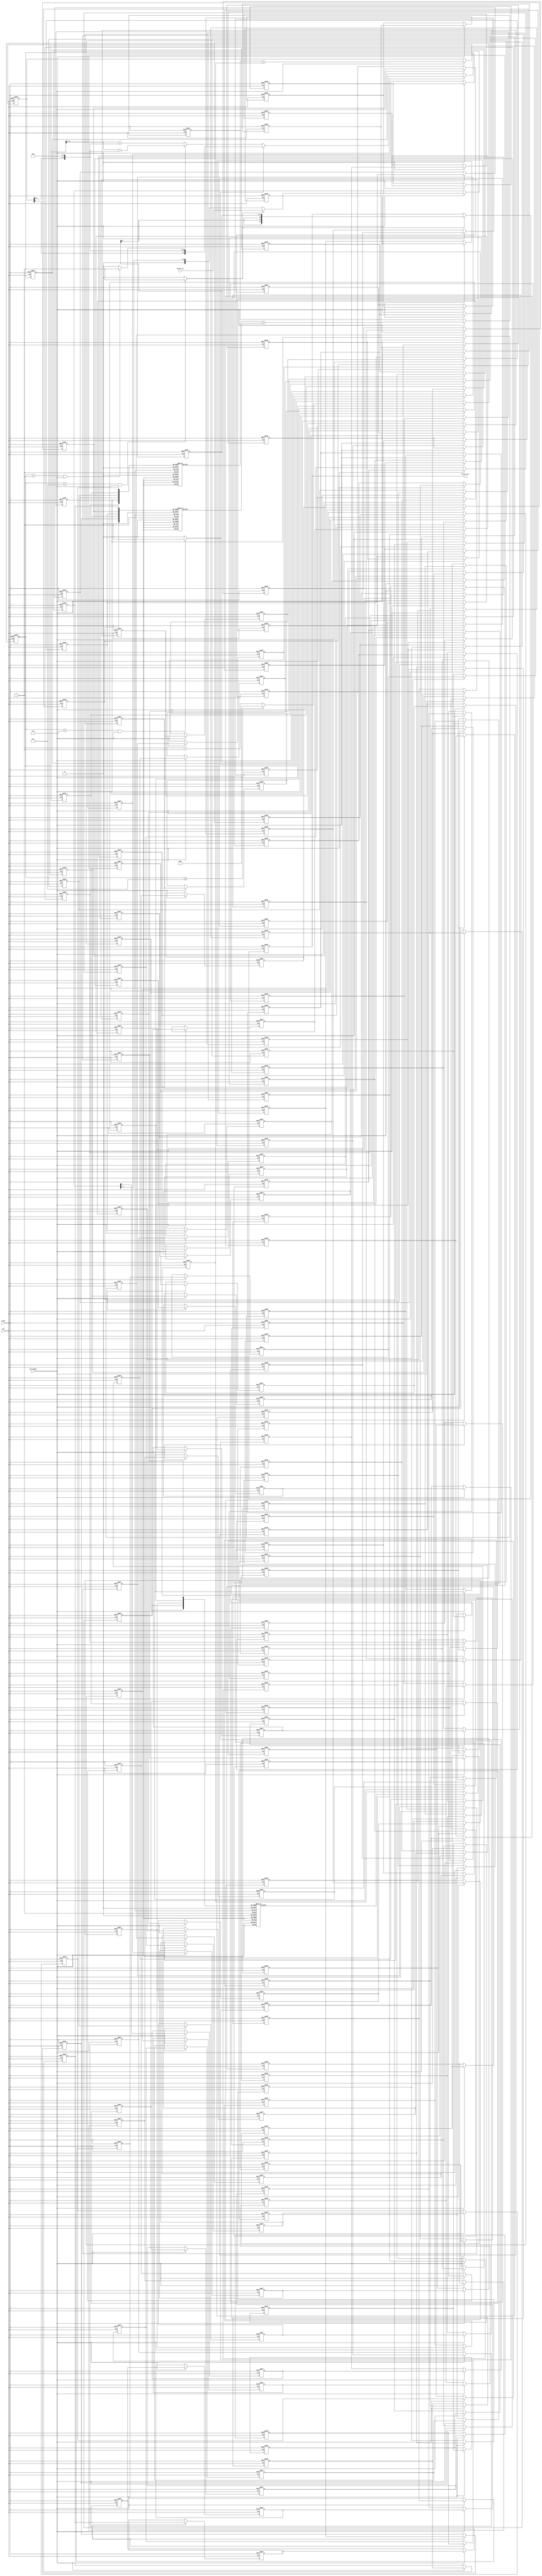
// -------------------------------------------------------------
//
// Module: fir_20_8b_da
// Generated by MATLAB(R) 9.12 and Filter Design HDL Coder 3.1.11.
// Generated on: 2023-06-22 00:02:42
// -------------------------------------------------------------

// -------------------------------------------------------------
// HDL Code Generation Options:
//
// FIRAdderStyle: tree
// MultiplierInputPipeline: 1
// MultiplierOutputPipeline: 1
// OptimizeForHDL: on
// TargetDirectory: W:\Nikos\UTh\ \Project\FIR_20_Order\distributed_arithmetic\8b_fixed_point
// AddPipelineRegisters: on
// Name: fir_20_8b_da
// DALUTPartition: [6  6  5]
// InputDataType: numerictype(1,8,0)
// TargetLanguage: Verilog
// TestBenchName: fir_20_8b_da_tb
// TestBenchStimulus: impulse step ramp chirp noise 

// Filter Specifications:
//
// Sample Rate     : 46 kHz
// Response        : Lowpass
// Specification   : N,Fp,Fst,Ap
// Stopband Edge   : 9.6 kHz
// Filter Order    : 20
// Passband Edge   : 8 kHz
// Passband Ripple : 60 dB
// -------------------------------------------------------------

// -------------------------------------------------------------
// HDL Implementation    : Distributed arithmetic (DA)
// Folding Factor        : 8
// LUT Address Width     : 6
// Total LUT Size (bits) : 1376
// -------------------------------------------------------------
// Filter Settings:
//
// Discrete-Time FIR Filter (real)
// -------------------------------
// Filter Structure  : Direct-Form FIR
// Filter Length     : 21
// Stable            : Yes
// Linear Phase      : Yes (Type 1)
// Arithmetic        : fixed
// Numerator         : s8,8 -> [-5.000000e-01 5.000000e-01)
// -------------------------------------------------------------




`timescale 1 ns / 1 ns

module fir_20_8b_da
               (
                clk,
                clk_enable,
                reset,
                filter_in,
                filter_out
                );

  input   clk; 
  input   clk_enable; 
  input   reset; 
  input   signed [7:0] filter_in; //sfix8
  output  signed [20:0] filter_out; //sfix21_En8

////////////////////////////////////////////////////////////////
//Module Architecture: fir_20_8b_da
////////////////////////////////////////////////////////////////
  // Local Functions
  // Type Definitions
  // Constants
  parameter signed [7:0] coeff1 = 8'b00000000; //sfix8_En8
  parameter signed [7:0] coeff2 = 8'b00000000; //sfix8_En8
  parameter signed [7:0] coeff3 = 8'b00000001; //sfix8_En8
  parameter signed [7:0] coeff4 = 8'b00000011; //sfix8_En8
  parameter signed [7:0] coeff5 = 8'b00001000; //sfix8_En8
  parameter signed [7:0] coeff6 = 8'b00010000; //sfix8_En8
  parameter signed [7:0] coeff7 = 8'b00011100; //sfix8_En8
  parameter signed [7:0] coeff8 = 8'b00101010; //sfix8_En8
  parameter signed [7:0] coeff9 = 8'b00111000; //sfix8_En8
  parameter signed [7:0] coeff10 = 8'b01000010; //sfix8_En8
  parameter signed [7:0] coeff11 = 8'b01000110; //sfix8_En8
  parameter signed [7:0] coeff12 = 8'b01000010; //sfix8_En8
  parameter signed [7:0] coeff13 = 8'b00111000; //sfix8_En8
  parameter signed [7:0] coeff14 = 8'b00101010; //sfix8_En8
  parameter signed [7:0] coeff15 = 8'b00011100; //sfix8_En8
  parameter signed [7:0] coeff16 = 8'b00010000; //sfix8_En8
  parameter signed [7:0] coeff17 = 8'b00001000; //sfix8_En8
  parameter signed [7:0] coeff18 = 8'b00000011; //sfix8_En8
  parameter signed [7:0] coeff19 = 8'b00000001; //sfix8_En8
  parameter signed [7:0] coeff20 = 8'b00000000; //sfix8_En8
  parameter signed [7:0] coeff21 = 8'b00000000; //sfix8_En8

  // Signals
  wire signed [7:0] filter_in_cast; // sfix8
  reg  [2:0] cur_count; // ufix3
  wire phase_7; // boolean
  wire phase_1; // boolean
  wire phase_2; // boolean
  wire serialoutb1; // ufix1
  reg  signed [7:0] shiftreg; // sfix8
  reg  delay_pipeline [0:143] ; // boolean
  wire [5:0] mem_addr_1; // ufix6
  reg  signed [7:0] memoutb1_1; // sfix8_En8
  wire [5:0] mem_addr_2; // ufix6
  reg  signed [9:0] memoutb1_2; // sfix10_En8
  wire [4:0] mem_addr_3; // ufix5
  reg  signed [6:0] memoutb1_3; // sfix7_En8
  wire signed [9:0] memoutb1; // sfix10_En8
  wire signed [10:0] sum1_1; // sfix11_En8
  wire signed [9:0] add_signext; // sfix10_En8
  wire signed [9:0] add_signext_1; // sfix10_En8
  reg  signed [10:0] sumpipe1_1; // sfix11_En8
  reg  signed [6:0] sumpipe1_2; // sfix7_En8
  wire signed [11:0] sum2_1; // sfix12_En8
  wire signed [10:0] add_signext_2; // sfix11_En8
  wire signed [10:0] add_signext_3; // sfix11_En8
  reg  signed [11:0] sumpipe2_1; // sfix12_En8
  reg  signed [17:0] acc_out; // sfix18_En15
  wire signed [17:0] memoutb1_cast; // sfix18_En15
  wire signed [17:0] add_sub_out; // sfix18_En15
  wire signed [17:0] acc_out_shft; // sfix18_En15
  wire signed [17:0] acc_in; // sfix18_En15
  wire signed [17:0] addsub_add; // sfix18_En15
  wire signed [17:0] addsub_sub; // sfix18_En15
  wire signed [17:0] add_signext_4; // sfix18_En15
  wire signed [17:0] add_signext_5; // sfix18_En15
  wire signed [18:0] add_temp; // sfix19_En15
  wire signed [17:0] sub_signext; // sfix18_En15
  wire signed [17:0] sub_signext_1; // sfix18_En15
  wire signed [18:0] sub_temp; // sfix19_En15
  reg  signed [17:0] final_acc_out; // sfix18_En15
  wire signed [17:0] output_da; // sfix18_En8
  wire signed [20:0] output_typeconvert; // sfix21_En8
  reg  signed [20:0] output_register; // sfix21_En8

  // Block Statements
  assign filter_in_cast = filter_in;

  always @ (posedge clk or posedge reset)
    begin: Counter_process
      if (reset == 1'b1) begin
        cur_count <= 3'b111;
      end
      else begin
        if (clk_enable == 1'b1) begin
          if (cur_count >= 3'b111) begin
            cur_count <= 3'b000;
          end
          else begin
            cur_count <= cur_count + 3'b001;
          end
        end
      end
    end // Counter_process

  assign  phase_7 = (cur_count == 3'b111 && clk_enable == 1'b1) ? 1'b1 : 1'b0;

  assign  phase_1 = (cur_count == 3'b001 && clk_enable == 1'b1) ? 1'b1 : 1'b0;

  assign  phase_2 = (cur_count == 3'b010 && clk_enable == 1'b1) ? 1'b1 : 1'b0;

  always @ (posedge clk or posedge reset)
    begin: Serializer_1_process
      if (reset == 1'b1) begin
        shiftreg <= 8'b00000000;
      end
      else begin
        if (clk_enable == 1'b1) begin
          if (phase_7 == 1'b1) begin
            shiftreg <= filter_in_cast;
          end
          else begin
            shiftreg <= {1'b0, shiftreg[7 : 1]};
          end
        end
      end 
    end // Serializer_1_process;

  assign   serialoutb1=shiftreg[0];
 
  always @( posedge clk or posedge reset)
    begin: Delay_Pipeline_1_process
      if (reset == 1'b1) begin
        delay_pipeline[0] <= 1'b0;
        delay_pipeline[1] <= 1'b0;
        delay_pipeline[2] <= 1'b0;
        delay_pipeline[3] <= 1'b0;
        delay_pipeline[4] <= 1'b0;
        delay_pipeline[5] <= 1'b0;
        delay_pipeline[6] <= 1'b0;
        delay_pipeline[7] <= 1'b0;
        delay_pipeline[8] <= 1'b0;
        delay_pipeline[9] <= 1'b0;
        delay_pipeline[10] <= 1'b0;
        delay_pipeline[11] <= 1'b0;
        delay_pipeline[12] <= 1'b0;
        delay_pipeline[13] <= 1'b0;
        delay_pipeline[14] <= 1'b0;
        delay_pipeline[15] <= 1'b0;
        delay_pipeline[16] <= 1'b0;
        delay_pipeline[17] <= 1'b0;
        delay_pipeline[18] <= 1'b0;
        delay_pipeline[19] <= 1'b0;
        delay_pipeline[20] <= 1'b0;
        delay_pipeline[21] <= 1'b0;
        delay_pipeline[22] <= 1'b0;
        delay_pipeline[23] <= 1'b0;
        delay_pipeline[24] <= 1'b0;
        delay_pipeline[25] <= 1'b0;
        delay_pipeline[26] <= 1'b0;
        delay_pipeline[27] <= 1'b0;
        delay_pipeline[28] <= 1'b0;
        delay_pipeline[29] <= 1'b0;
        delay_pipeline[30] <= 1'b0;
        delay_pipeline[31] <= 1'b0;
        delay_pipeline[32] <= 1'b0;
        delay_pipeline[33] <= 1'b0;
        delay_pipeline[34] <= 1'b0;
        delay_pipeline[35] <= 1'b0;
        delay_pipeline[36] <= 1'b0;
        delay_pipeline[37] <= 1'b0;
        delay_pipeline[38] <= 1'b0;
        delay_pipeline[39] <= 1'b0;
        delay_pipeline[40] <= 1'b0;
        delay_pipeline[41] <= 1'b0;
        delay_pipeline[42] <= 1'b0;
        delay_pipeline[43] <= 1'b0;
        delay_pipeline[44] <= 1'b0;
        delay_pipeline[45] <= 1'b0;
        delay_pipeline[46] <= 1'b0;
        delay_pipeline[47] <= 1'b0;
        delay_pipeline[48] <= 1'b0;
        delay_pipeline[49] <= 1'b0;
        delay_pipeline[50] <= 1'b0;
        delay_pipeline[51] <= 1'b0;
        delay_pipeline[52] <= 1'b0;
        delay_pipeline[53] <= 1'b0;
        delay_pipeline[54] <= 1'b0;
        delay_pipeline[55] <= 1'b0;
        delay_pipeline[56] <= 1'b0;
        delay_pipeline[57] <= 1'b0;
        delay_pipeline[58] <= 1'b0;
        delay_pipeline[59] <= 1'b0;
        delay_pipeline[60] <= 1'b0;
        delay_pipeline[61] <= 1'b0;
        delay_pipeline[62] <= 1'b0;
        delay_pipeline[63] <= 1'b0;
        delay_pipeline[64] <= 1'b0;
        delay_pipeline[65] <= 1'b0;
        delay_pipeline[66] <= 1'b0;
        delay_pipeline[67] <= 1'b0;
        delay_pipeline[68] <= 1'b0;
        delay_pipeline[69] <= 1'b0;
        delay_pipeline[70] <= 1'b0;
        delay_pipeline[71] <= 1'b0;
        delay_pipeline[72] <= 1'b0;
        delay_pipeline[73] <= 1'b0;
        delay_pipeline[74] <= 1'b0;
        delay_pipeline[75] <= 1'b0;
        delay_pipeline[76] <= 1'b0;
        delay_pipeline[77] <= 1'b0;
        delay_pipeline[78] <= 1'b0;
        delay_pipeline[79] <= 1'b0;
        delay_pipeline[80] <= 1'b0;
        delay_pipeline[81] <= 1'b0;
        delay_pipeline[82] <= 1'b0;
        delay_pipeline[83] <= 1'b0;
        delay_pipeline[84] <= 1'b0;
        delay_pipeline[85] <= 1'b0;
        delay_pipeline[86] <= 1'b0;
        delay_pipeline[87] <= 1'b0;
        delay_pipeline[88] <= 1'b0;
        delay_pipeline[89] <= 1'b0;
        delay_pipeline[90] <= 1'b0;
        delay_pipeline[91] <= 1'b0;
        delay_pipeline[92] <= 1'b0;
        delay_pipeline[93] <= 1'b0;
        delay_pipeline[94] <= 1'b0;
        delay_pipeline[95] <= 1'b0;
        delay_pipeline[96] <= 1'b0;
        delay_pipeline[97] <= 1'b0;
        delay_pipeline[98] <= 1'b0;
        delay_pipeline[99] <= 1'b0;
        delay_pipeline[100] <= 1'b0;
        delay_pipeline[101] <= 1'b0;
        delay_pipeline[102] <= 1'b0;
        delay_pipeline[103] <= 1'b0;
        delay_pipeline[104] <= 1'b0;
        delay_pipeline[105] <= 1'b0;
        delay_pipeline[106] <= 1'b0;
        delay_pipeline[107] <= 1'b0;
        delay_pipeline[108] <= 1'b0;
        delay_pipeline[109] <= 1'b0;
        delay_pipeline[110] <= 1'b0;
        delay_pipeline[111] <= 1'b0;
        delay_pipeline[112] <= 1'b0;
        delay_pipeline[113] <= 1'b0;
        delay_pipeline[114] <= 1'b0;
        delay_pipeline[115] <= 1'b0;
        delay_pipeline[116] <= 1'b0;
        delay_pipeline[117] <= 1'b0;
        delay_pipeline[118] <= 1'b0;
        delay_pipeline[119] <= 1'b0;
        delay_pipeline[120] <= 1'b0;
        delay_pipeline[121] <= 1'b0;
        delay_pipeline[122] <= 1'b0;
        delay_pipeline[123] <= 1'b0;
        delay_pipeline[124] <= 1'b0;
        delay_pipeline[125] <= 1'b0;
        delay_pipeline[126] <= 1'b0;
        delay_pipeline[127] <= 1'b0;
        delay_pipeline[128] <= 1'b0;
        delay_pipeline[129] <= 1'b0;
        delay_pipeline[130] <= 1'b0;
        delay_pipeline[131] <= 1'b0;
        delay_pipeline[132] <= 1'b0;
        delay_pipeline[133] <= 1'b0;
        delay_pipeline[134] <= 1'b0;
        delay_pipeline[135] <= 1'b0;
        delay_pipeline[136] <= 1'b0;
        delay_pipeline[137] <= 1'b0;
        delay_pipeline[138] <= 1'b0;
        delay_pipeline[139] <= 1'b0;
        delay_pipeline[140] <= 1'b0;
        delay_pipeline[141] <= 1'b0;
        delay_pipeline[142] <= 1'b0;
        delay_pipeline[143] <= 1'b0;
      end
      else begin
        if (clk_enable == 1'b1) begin
          delay_pipeline[0] <= serialoutb1;
          delay_pipeline[1] <= delay_pipeline[0];
          delay_pipeline[2] <= delay_pipeline[1];
          delay_pipeline[3] <= delay_pipeline[2];
          delay_pipeline[4] <= delay_pipeline[3];
          delay_pipeline[5] <= delay_pipeline[4];
          delay_pipeline[6] <= delay_pipeline[5];
          delay_pipeline[7] <= delay_pipeline[6];
          delay_pipeline[8] <= delay_pipeline[7];
          delay_pipeline[9] <= delay_pipeline[8];
          delay_pipeline[10] <= delay_pipeline[9];
          delay_pipeline[11] <= delay_pipeline[10];
          delay_pipeline[12] <= delay_pipeline[11];
          delay_pipeline[13] <= delay_pipeline[12];
          delay_pipeline[14] <= delay_pipeline[13];
          delay_pipeline[15] <= delay_pipeline[14];
          delay_pipeline[16] <= delay_pipeline[15];
          delay_pipeline[17] <= delay_pipeline[16];
          delay_pipeline[18] <= delay_pipeline[17];
          delay_pipeline[19] <= delay_pipeline[18];
          delay_pipeline[20] <= delay_pipeline[19];
          delay_pipeline[21] <= delay_pipeline[20];
          delay_pipeline[22] <= delay_pipeline[21];
          delay_pipeline[23] <= delay_pipeline[22];
          delay_pipeline[24] <= delay_pipeline[23];
          delay_pipeline[25] <= delay_pipeline[24];
          delay_pipeline[26] <= delay_pipeline[25];
          delay_pipeline[27] <= delay_pipeline[26];
          delay_pipeline[28] <= delay_pipeline[27];
          delay_pipeline[29] <= delay_pipeline[28];
          delay_pipeline[30] <= delay_pipeline[29];
          delay_pipeline[31] <= delay_pipeline[30];
          delay_pipeline[32] <= delay_pipeline[31];
          delay_pipeline[33] <= delay_pipeline[32];
          delay_pipeline[34] <= delay_pipeline[33];
          delay_pipeline[35] <= delay_pipeline[34];
          delay_pipeline[36] <= delay_pipeline[35];
          delay_pipeline[37] <= delay_pipeline[36];
          delay_pipeline[38] <= delay_pipeline[37];
          delay_pipeline[39] <= delay_pipeline[38];
          delay_pipeline[40] <= delay_pipeline[39];
          delay_pipeline[41] <= delay_pipeline[40];
          delay_pipeline[42] <= delay_pipeline[41];
          delay_pipeline[43] <= delay_pipeline[42];
          delay_pipeline[44] <= delay_pipeline[43];
          delay_pipeline[45] <= delay_pipeline[44];
          delay_pipeline[46] <= delay_pipeline[45];
          delay_pipeline[47] <= delay_pipeline[46];
          delay_pipeline[48] <= delay_pipeline[47];
          delay_pipeline[49] <= delay_pipeline[48];
          delay_pipeline[50] <= delay_pipeline[49];
          delay_pipeline[51] <= delay_pipeline[50];
          delay_pipeline[52] <= delay_pipeline[51];
          delay_pipeline[53] <= delay_pipeline[52];
          delay_pipeline[54] <= delay_pipeline[53];
          delay_pipeline[55] <= delay_pipeline[54];
          delay_pipeline[56] <= delay_pipeline[55];
          delay_pipeline[57] <= delay_pipeline[56];
          delay_pipeline[58] <= delay_pipeline[57];
          delay_pipeline[59] <= delay_pipeline[58];
          delay_pipeline[60] <= delay_pipeline[59];
          delay_pipeline[61] <= delay_pipeline[60];
          delay_pipeline[62] <= delay_pipeline[61];
          delay_pipeline[63] <= delay_pipeline[62];
          delay_pipeline[64] <= delay_pipeline[63];
          delay_pipeline[65] <= delay_pipeline[64];
          delay_pipeline[66] <= delay_pipeline[65];
          delay_pipeline[67] <= delay_pipeline[66];
          delay_pipeline[68] <= delay_pipeline[67];
          delay_pipeline[69] <= delay_pipeline[68];
          delay_pipeline[70] <= delay_pipeline[69];
          delay_pipeline[71] <= delay_pipeline[70];
          delay_pipeline[72] <= delay_pipeline[71];
          delay_pipeline[73] <= delay_pipeline[72];
          delay_pipeline[74] <= delay_pipeline[73];
          delay_pipeline[75] <= delay_pipeline[74];
          delay_pipeline[76] <= delay_pipeline[75];
          delay_pipeline[77] <= delay_pipeline[76];
          delay_pipeline[78] <= delay_pipeline[77];
          delay_pipeline[79] <= delay_pipeline[78];
          delay_pipeline[80] <= delay_pipeline[79];
          delay_pipeline[81] <= delay_pipeline[80];
          delay_pipeline[82] <= delay_pipeline[81];
          delay_pipeline[83] <= delay_pipeline[82];
          delay_pipeline[84] <= delay_pipeline[83];
          delay_pipeline[85] <= delay_pipeline[84];
          delay_pipeline[86] <= delay_pipeline[85];
          delay_pipeline[87] <= delay_pipeline[86];
          delay_pipeline[88] <= delay_pipeline[87];
          delay_pipeline[89] <= delay_pipeline[88];
          delay_pipeline[90] <= delay_pipeline[89];
          delay_pipeline[91] <= delay_pipeline[90];
          delay_pipeline[92] <= delay_pipeline[91];
          delay_pipeline[93] <= delay_pipeline[92];
          delay_pipeline[94] <= delay_pipeline[93];
          delay_pipeline[95] <= delay_pipeline[94];
          delay_pipeline[96] <= delay_pipeline[95];
          delay_pipeline[97] <= delay_pipeline[96];
          delay_pipeline[98] <= delay_pipeline[97];
          delay_pipeline[99] <= delay_pipeline[98];
          delay_pipeline[100] <= delay_pipeline[99];
          delay_pipeline[101] <= delay_pipeline[100];
          delay_pipeline[102] <= delay_pipeline[101];
          delay_pipeline[103] <= delay_pipeline[102];
          delay_pipeline[104] <= delay_pipeline[103];
          delay_pipeline[105] <= delay_pipeline[104];
          delay_pipeline[106] <= delay_pipeline[105];
          delay_pipeline[107] <= delay_pipeline[106];
          delay_pipeline[108] <= delay_pipeline[107];
          delay_pipeline[109] <= delay_pipeline[108];
          delay_pipeline[110] <= delay_pipeline[109];
          delay_pipeline[111] <= delay_pipeline[110];
          delay_pipeline[112] <= delay_pipeline[111];
          delay_pipeline[113] <= delay_pipeline[112];
          delay_pipeline[114] <= delay_pipeline[113];
          delay_pipeline[115] <= delay_pipeline[114];
          delay_pipeline[116] <= delay_pipeline[115];
          delay_pipeline[117] <= delay_pipeline[116];
          delay_pipeline[118] <= delay_pipeline[117];
          delay_pipeline[119] <= delay_pipeline[118];
          delay_pipeline[120] <= delay_pipeline[119];
          delay_pipeline[121] <= delay_pipeline[120];
          delay_pipeline[122] <= delay_pipeline[121];
          delay_pipeline[123] <= delay_pipeline[122];
          delay_pipeline[124] <= delay_pipeline[123];
          delay_pipeline[125] <= delay_pipeline[124];
          delay_pipeline[126] <= delay_pipeline[125];
          delay_pipeline[127] <= delay_pipeline[126];
          delay_pipeline[128] <= delay_pipeline[127];
          delay_pipeline[129] <= delay_pipeline[128];
          delay_pipeline[130] <= delay_pipeline[129];
          delay_pipeline[131] <= delay_pipeline[130];
          delay_pipeline[132] <= delay_pipeline[131];
          delay_pipeline[133] <= delay_pipeline[132];
          delay_pipeline[134] <= delay_pipeline[133];
          delay_pipeline[135] <= delay_pipeline[134];
          delay_pipeline[136] <= delay_pipeline[135];
          delay_pipeline[137] <= delay_pipeline[136];
          delay_pipeline[138] <= delay_pipeline[137];
          delay_pipeline[139] <= delay_pipeline[138];
          delay_pipeline[140] <= delay_pipeline[139];
          delay_pipeline[141] <= delay_pipeline[140];
          delay_pipeline[142] <= delay_pipeline[141];
          delay_pipeline[143] <= delay_pipeline[142];
        end
      end
    end // Delay_Pipeline_1_process


  assign mem_addr_1 = {delay_pipeline[55], delay_pipeline[47], delay_pipeline[39], delay_pipeline[31], delay_pipeline[23], delay_pipeline[15]};

  always @(mem_addr_1)
  begin
    case(mem_addr_1)
      6'b000000 : memoutb1_1 = 8'b00000000;
      6'b000001 : memoutb1_1 = 8'b00000001;
      6'b000010 : memoutb1_1 = 8'b00000011;
      6'b000011 : memoutb1_1 = 8'b00000100;
      6'b000100 : memoutb1_1 = 8'b00001000;
      6'b000101 : memoutb1_1 = 8'b00001001;
      6'b000110 : memoutb1_1 = 8'b00001011;
      6'b000111 : memoutb1_1 = 8'b00001100;
      6'b001000 : memoutb1_1 = 8'b00010000;
      6'b001001 : memoutb1_1 = 8'b00010001;
      6'b001010 : memoutb1_1 = 8'b00010011;
      6'b001011 : memoutb1_1 = 8'b00010100;
      6'b001100 : memoutb1_1 = 8'b00011000;
      6'b001101 : memoutb1_1 = 8'b00011001;
      6'b001110 : memoutb1_1 = 8'b00011011;
      6'b001111 : memoutb1_1 = 8'b00011100;
      6'b010000 : memoutb1_1 = 8'b00011100;
      6'b010001 : memoutb1_1 = 8'b00011101;
      6'b010010 : memoutb1_1 = 8'b00011111;
      6'b010011 : memoutb1_1 = 8'b00100000;
      6'b010100 : memoutb1_1 = 8'b00100100;
      6'b010101 : memoutb1_1 = 8'b00100101;
      6'b010110 : memoutb1_1 = 8'b00100111;
      6'b010111 : memoutb1_1 = 8'b00101000;
      6'b011000 : memoutb1_1 = 8'b00101100;
      6'b011001 : memoutb1_1 = 8'b00101101;
      6'b011010 : memoutb1_1 = 8'b00101111;
      6'b011011 : memoutb1_1 = 8'b00110000;
      6'b011100 : memoutb1_1 = 8'b00110100;
      6'b011101 : memoutb1_1 = 8'b00110101;
      6'b011110 : memoutb1_1 = 8'b00110111;
      6'b011111 : memoutb1_1 = 8'b00111000;
      6'b100000 : memoutb1_1 = 8'b00101010;
      6'b100001 : memoutb1_1 = 8'b00101011;
      6'b100010 : memoutb1_1 = 8'b00101101;
      6'b100011 : memoutb1_1 = 8'b00101110;
      6'b100100 : memoutb1_1 = 8'b00110010;
      6'b100101 : memoutb1_1 = 8'b00110011;
      6'b100110 : memoutb1_1 = 8'b00110101;
      6'b100111 : memoutb1_1 = 8'b00110110;
      6'b101000 : memoutb1_1 = 8'b00111010;
      6'b101001 : memoutb1_1 = 8'b00111011;
      6'b101010 : memoutb1_1 = 8'b00111101;
      6'b101011 : memoutb1_1 = 8'b00111110;
      6'b101100 : memoutb1_1 = 8'b01000010;
      6'b101101 : memoutb1_1 = 8'b01000011;
      6'b101110 : memoutb1_1 = 8'b01000101;
      6'b101111 : memoutb1_1 = 8'b01000110;
      6'b110000 : memoutb1_1 = 8'b01000110;
      6'b110001 : memoutb1_1 = 8'b01000111;
      6'b110010 : memoutb1_1 = 8'b01001001;
      6'b110011 : memoutb1_1 = 8'b01001010;
      6'b110100 : memoutb1_1 = 8'b01001110;
      6'b110101 : memoutb1_1 = 8'b01001111;
      6'b110110 : memoutb1_1 = 8'b01010001;
      6'b110111 : memoutb1_1 = 8'b01010010;
      6'b111000 : memoutb1_1 = 8'b01010110;
      6'b111001 : memoutb1_1 = 8'b01010111;
      6'b111010 : memoutb1_1 = 8'b01011001;
      6'b111011 : memoutb1_1 = 8'b01011010;
      6'b111100 : memoutb1_1 = 8'b01011110;
      6'b111101 : memoutb1_1 = 8'b01011111;
      6'b111110 : memoutb1_1 = 8'b01100001;
      6'b111111 : memoutb1_1 = 8'b01100010;
      default : memoutb1_1 = 8'b01100010;
    endcase
  end

  assign mem_addr_2 = {delay_pipeline[103], delay_pipeline[95], delay_pipeline[87], delay_pipeline[79], delay_pipeline[71], delay_pipeline[63]};

  always @(mem_addr_2)
  begin
    case(mem_addr_2)
      6'b000000 : memoutb1_2 = 10'b0000000000;
      6'b000001 : memoutb1_2 = 10'b0000111000;
      6'b000010 : memoutb1_2 = 10'b0001000010;
      6'b000011 : memoutb1_2 = 10'b0001111010;
      6'b000100 : memoutb1_2 = 10'b0001000110;
      6'b000101 : memoutb1_2 = 10'b0001111110;
      6'b000110 : memoutb1_2 = 10'b0010001000;
      6'b000111 : memoutb1_2 = 10'b0011000000;
      6'b001000 : memoutb1_2 = 10'b0001000010;
      6'b001001 : memoutb1_2 = 10'b0001111010;
      6'b001010 : memoutb1_2 = 10'b0010000100;
      6'b001011 : memoutb1_2 = 10'b0010111100;
      6'b001100 : memoutb1_2 = 10'b0010001000;
      6'b001101 : memoutb1_2 = 10'b0011000000;
      6'b001110 : memoutb1_2 = 10'b0011001010;
      6'b001111 : memoutb1_2 = 10'b0100000010;
      6'b010000 : memoutb1_2 = 10'b0000111000;
      6'b010001 : memoutb1_2 = 10'b0001110000;
      6'b010010 : memoutb1_2 = 10'b0001111010;
      6'b010011 : memoutb1_2 = 10'b0010110010;
      6'b010100 : memoutb1_2 = 10'b0001111110;
      6'b010101 : memoutb1_2 = 10'b0010110110;
      6'b010110 : memoutb1_2 = 10'b0011000000;
      6'b010111 : memoutb1_2 = 10'b0011111000;
      6'b011000 : memoutb1_2 = 10'b0001111010;
      6'b011001 : memoutb1_2 = 10'b0010110010;
      6'b011010 : memoutb1_2 = 10'b0010111100;
      6'b011011 : memoutb1_2 = 10'b0011110100;
      6'b011100 : memoutb1_2 = 10'b0011000000;
      6'b011101 : memoutb1_2 = 10'b0011111000;
      6'b011110 : memoutb1_2 = 10'b0100000010;
      6'b011111 : memoutb1_2 = 10'b0100111010;
      6'b100000 : memoutb1_2 = 10'b0000101010;
      6'b100001 : memoutb1_2 = 10'b0001100010;
      6'b100010 : memoutb1_2 = 10'b0001101100;
      6'b100011 : memoutb1_2 = 10'b0010100100;
      6'b100100 : memoutb1_2 = 10'b0001110000;
      6'b100101 : memoutb1_2 = 10'b0010101000;
      6'b100110 : memoutb1_2 = 10'b0010110010;
      6'b100111 : memoutb1_2 = 10'b0011101010;
      6'b101000 : memoutb1_2 = 10'b0001101100;
      6'b101001 : memoutb1_2 = 10'b0010100100;
      6'b101010 : memoutb1_2 = 10'b0010101110;
      6'b101011 : memoutb1_2 = 10'b0011100110;
      6'b101100 : memoutb1_2 = 10'b0010110010;
      6'b101101 : memoutb1_2 = 10'b0011101010;
      6'b101110 : memoutb1_2 = 10'b0011110100;
      6'b101111 : memoutb1_2 = 10'b0100101100;
      6'b110000 : memoutb1_2 = 10'b0001100010;
      6'b110001 : memoutb1_2 = 10'b0010011010;
      6'b110010 : memoutb1_2 = 10'b0010100100;
      6'b110011 : memoutb1_2 = 10'b0011011100;
      6'b110100 : memoutb1_2 = 10'b0010101000;
      6'b110101 : memoutb1_2 = 10'b0011100000;
      6'b110110 : memoutb1_2 = 10'b0011101010;
      6'b110111 : memoutb1_2 = 10'b0100100010;
      6'b111000 : memoutb1_2 = 10'b0010100100;
      6'b111001 : memoutb1_2 = 10'b0011011100;
      6'b111010 : memoutb1_2 = 10'b0011100110;
      6'b111011 : memoutb1_2 = 10'b0100011110;
      6'b111100 : memoutb1_2 = 10'b0011101010;
      6'b111101 : memoutb1_2 = 10'b0100100010;
      6'b111110 : memoutb1_2 = 10'b0100101100;
      6'b111111 : memoutb1_2 = 10'b0101100100;
      default : memoutb1_2 = 10'b0101100100;
    endcase
  end

  assign mem_addr_3 = {delay_pipeline[143], delay_pipeline[135], delay_pipeline[127], delay_pipeline[119], delay_pipeline[111]};

  always @(mem_addr_3)
  begin
    case(mem_addr_3)
      5'b00000 : memoutb1_3 = 7'b0000000;
      5'b00001 : memoutb1_3 = 7'b0011100;
      5'b00010 : memoutb1_3 = 7'b0010000;
      5'b00011 : memoutb1_3 = 7'b0101100;
      5'b00100 : memoutb1_3 = 7'b0001000;
      5'b00101 : memoutb1_3 = 7'b0100100;
      5'b00110 : memoutb1_3 = 7'b0011000;
      5'b00111 : memoutb1_3 = 7'b0110100;
      5'b01000 : memoutb1_3 = 7'b0000011;
      5'b01001 : memoutb1_3 = 7'b0011111;
      5'b01010 : memoutb1_3 = 7'b0010011;
      5'b01011 : memoutb1_3 = 7'b0101111;
      5'b01100 : memoutb1_3 = 7'b0001011;
      5'b01101 : memoutb1_3 = 7'b0100111;
      5'b01110 : memoutb1_3 = 7'b0011011;
      5'b01111 : memoutb1_3 = 7'b0110111;
      5'b10000 : memoutb1_3 = 7'b0000001;
      5'b10001 : memoutb1_3 = 7'b0011101;
      5'b10010 : memoutb1_3 = 7'b0010001;
      5'b10011 : memoutb1_3 = 7'b0101101;
      5'b10100 : memoutb1_3 = 7'b0001001;
      5'b10101 : memoutb1_3 = 7'b0100101;
      5'b10110 : memoutb1_3 = 7'b0011001;
      5'b10111 : memoutb1_3 = 7'b0110101;
      5'b11000 : memoutb1_3 = 7'b0000100;
      5'b11001 : memoutb1_3 = 7'b0100000;
      5'b11010 : memoutb1_3 = 7'b0010100;
      5'b11011 : memoutb1_3 = 7'b0110000;
      5'b11100 : memoutb1_3 = 7'b0001100;
      5'b11101 : memoutb1_3 = 7'b0101000;
      5'b11110 : memoutb1_3 = 7'b0011100;
      5'b11111 : memoutb1_3 = 7'b0111000;
      default : memoutb1_3 = 7'b0111000;
    endcase
  end

  assign add_signext = $signed({{2{memoutb1_1[7]}}, memoutb1_1});
  assign add_signext_1 = memoutb1_2;
  assign sum1_1 = add_signext + add_signext_1;

  always @ (posedge clk or posedge reset)
    begin: temp_process1
      if (reset == 1'b1) begin
        sumpipe1_1 <= 0;
        sumpipe1_2 <= 0;
      end
      else begin
        if (clk_enable == 1'b1) begin
          sumpipe1_1 <= sum1_1;
          sumpipe1_2 <= memoutb1_3;
        end
      end
    end // temp_process1

  assign add_signext_2 = sumpipe1_1;
  assign add_signext_3 = $signed({{4{sumpipe1_2[6]}}, sumpipe1_2});
  assign sum2_1 = add_signext_2 + add_signext_3;

  always @ (posedge clk or posedge reset)
    begin: temp_process2
      if (reset == 1'b1) begin
        sumpipe2_1 <= 0;
      end
      else begin
        if (clk_enable == 1'b1) begin
          sumpipe2_1 <= sum2_1;
        end
      end
    end // temp_process2

  assign memoutb1 = sumpipe2_1[9:0];

  //  Shift and add the LUT results to compute the scaled accumulated sum

  assign memoutb1_cast = $signed({memoutb1[9:0], 7'b0000000});

  assign acc_out_shft = $signed({{1{acc_out[17]}}, acc_out[17:1]});

  assign add_signext_4 = acc_out_shft;
  assign add_signext_5 = memoutb1_cast;
  assign add_temp = add_signext_4 + add_signext_5;
  assign addsub_add = add_temp[17:0];

  assign sub_signext = acc_out_shft;
  assign sub_signext_1 = memoutb1_cast;
  assign sub_temp = sub_signext - sub_signext_1;
  assign addsub_sub = sub_temp[17:0];

  assign add_sub_out = (phase_1 == 1'b1) ? addsub_sub :
                      addsub_add;

  assign acc_in = (phase_2 == 1'b1) ? memoutb1_cast :
            add_sub_out;

  always @ (posedge clk or posedge reset)
    begin: Acc_reg_process
      if (reset == 1'b1) begin
        acc_out <= 0;
      end
      else begin
        if (clk_enable == 1'b1) begin
          acc_out <= acc_in;
        end
      end
    end // Acc_reg_process

  always @ (posedge clk or posedge reset)
    begin: Finalsum_reg_process
      if (reset == 1'b1) begin
        final_acc_out <= 0;
      end
      else begin
        if (phase_2 == 1'b1) begin
          final_acc_out <= acc_out;
        end
      end
    end // Finalsum_reg_process

  assign output_da = final_acc_out;

  assign output_typeconvert = $signed({{3{output_da[17]}}, output_da});

  always @ (posedge clk or posedge reset)
    begin: Output_Register_process
      if (reset == 1'b1) begin
        output_register <= 0;
      end
      else begin
        if (phase_7 == 1'b1) begin
          output_register <= output_typeconvert;
        end
      end
    end // Output_Register_process

  // Assignment Statements
  assign filter_out = output_register;
endmodule  // fir_20_8b_da